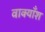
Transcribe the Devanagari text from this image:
वाक्याँश